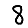
Digit: 8